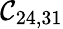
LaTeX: \mathcal{C}_{24,31}